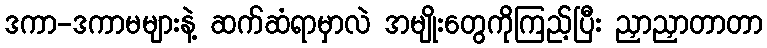
ဒကာ-ဒကာမများနဲ့ ဆက်ဆံရာမှာလဲ အမျိုးတွေကိုကြည့်ပြီး ညှာညှာတာတာ